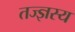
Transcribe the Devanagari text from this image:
तज्ज्ञस्य